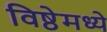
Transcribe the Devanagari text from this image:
विष्ठेमध्ये